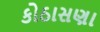
કોઠાસણા